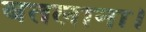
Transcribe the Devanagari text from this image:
बतलाना।